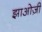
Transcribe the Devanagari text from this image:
झाओज़ी